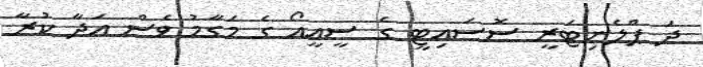
ދަ ޕްލެނިޓަރީ ސޮސައިޓީ ގެ ސީއީއޯ ގެ މަގާމު ވެސް އަދާ ކުރާ